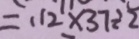
= 1 1 2 \times 3 7 \div 2